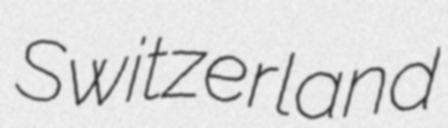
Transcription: Switzerland